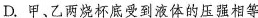
D.甲、乙两烧杯底受到液体的压强相等